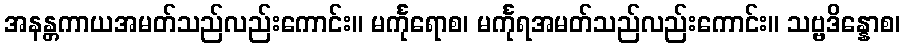
အနန္တကာယအမတ်သည်လည်းကောင်း။ မင်္ကုရောစ၊ မင်္ကုရအမတ်သည်လည်းကောင်း။ သဗ္ဗဒိန္နောစ၊